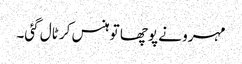
مہرو نے پوچھا تو ہنس کر ٹال گئی۔